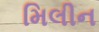
મિલીન